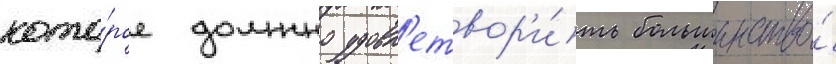
кото́рое должно удовл'етвор'и́ть большинство́